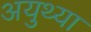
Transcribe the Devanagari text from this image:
अयुथ्या